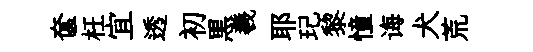
奩枉宜透初黒羲耶玘黎憧诲犬荒